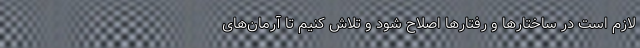
لازم است در ساختارها و رفتارها اصلاح شود و تلاش کنیم تا آرمان‌های